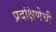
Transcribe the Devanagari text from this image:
प्रदक्षिणेची